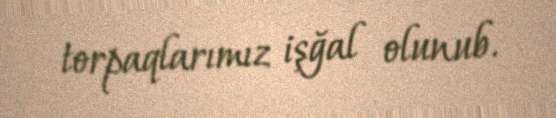
torpaqlarımız işğal olunub.